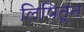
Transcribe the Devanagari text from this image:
लिपितून